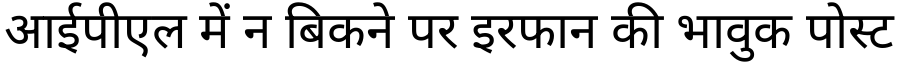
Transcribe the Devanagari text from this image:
आईपीएल में न बिकने पर इरफान की भावुक पोस्ट